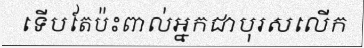
ទើបតែប៉ះពាល់អ្នកជាបុរសលើក